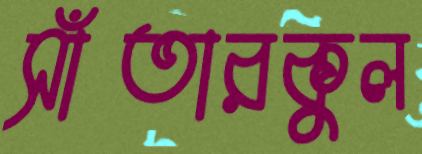
সাঁতারকুল